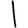
Digit: 1